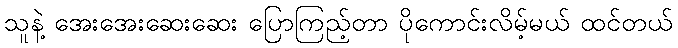
သူနဲ့ အေးအေးဆေးဆေး ပြောကြည့်တာ ပိုကောင်းလိမ့်မယ် ထင်တယ်